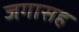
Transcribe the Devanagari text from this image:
जगासह